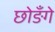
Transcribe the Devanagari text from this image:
छोङँगे